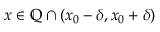
x \in \mathbb { Q } \cap ( x _ { 0 } - \delta , x _ { 0 } + \delta )